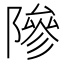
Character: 𬯘